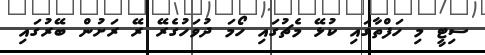
ސިޓީ މި ހަފްތާގައި ކުޅޭ މެޗުގައި ހޯމަ ދުވަހުގެރޭ ރޭ ރަށުން ބޭރުގައި